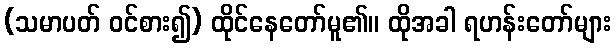
(သမာပတ် ဝင်စား၍) ထိုင်နေတော်မူ၏။ ထိုအခါ ရဟန်းတော်များ